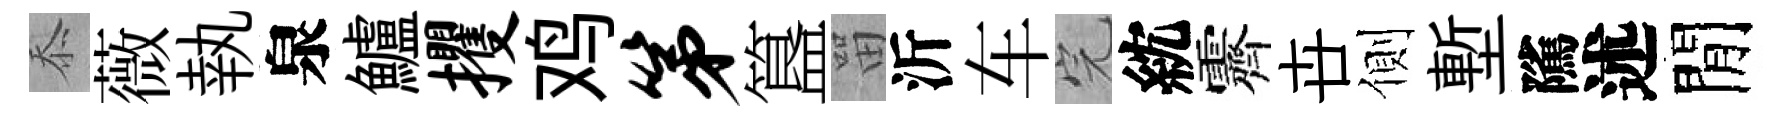
忝薇執泉鱸攫鸡第簋㽞沂车完紞霽卋側塹隲述閒